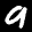
Label: 9